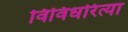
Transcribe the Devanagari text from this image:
विविधरित्या